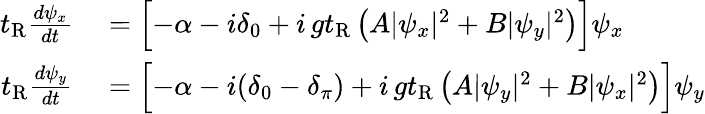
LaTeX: \begin{array}{rl}{t_{\mathrm{R}}\frac{d\psi_{x}}{dt}}&{{}=\Bigl[-\alpha-i\delta_{0}+i\, gt_{\mathrm{R}}\left(A|\psi_{x}|^{2}+B|\psi_{y}|^{2}\right)\Bigr]\psi_{x}}\\ {t_{\mathrm{R}}\frac{d\psi_{y}}{dt}}&{{}=\Bigl[-\alpha-i(\delta_{0}-\delta_{\pi})+i\, gt_{\mathrm{R}}\left(A|\psi_{y}|^{2}+B|\psi_{x}|^{2}\right)\Bigr]\psi_{y}}\end{array}